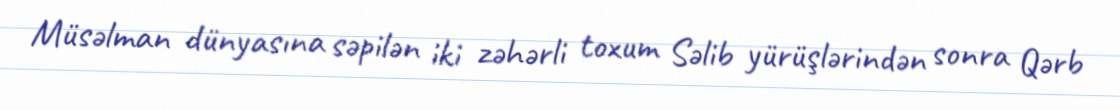
Müsəlman dünyasına səpilən iki zəhərli toxum Səlib yürüşlərindən sonra Qərb